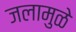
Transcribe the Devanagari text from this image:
जलामुळे